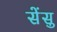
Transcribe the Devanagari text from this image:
सेंसु